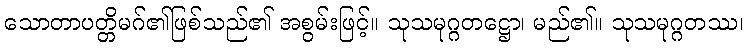
သောတာပတ္တိမဂ်၏ဖြစ်သည်၏ အစွမ်းဖြင့်။ သုသမုဂ္ဂတဋ္ဌော၊ မည်၏။ သုသမုဂ္ဂတဿ၊